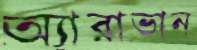
অ্যারাভান